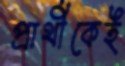
প্রার্থীকেই